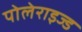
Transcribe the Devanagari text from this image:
पोलेराइज्ड